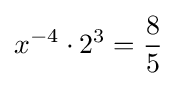
x^{-4}\cdot 2^{3}={\frac {8}{5}}